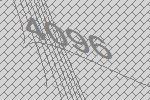
4096